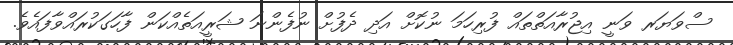
ސްވަޔަރ ވަނީ އިޖުރާއަތްތައް ފުރިހަމަ ނުކޮށް އަދި ދެފުށް ނުފެންނަ ޝަރީއަތެއްކަން ފާހަގަކުރައްވާފައެވެ.